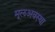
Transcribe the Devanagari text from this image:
मूलअवस्था